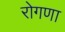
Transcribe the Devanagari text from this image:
रोगणा